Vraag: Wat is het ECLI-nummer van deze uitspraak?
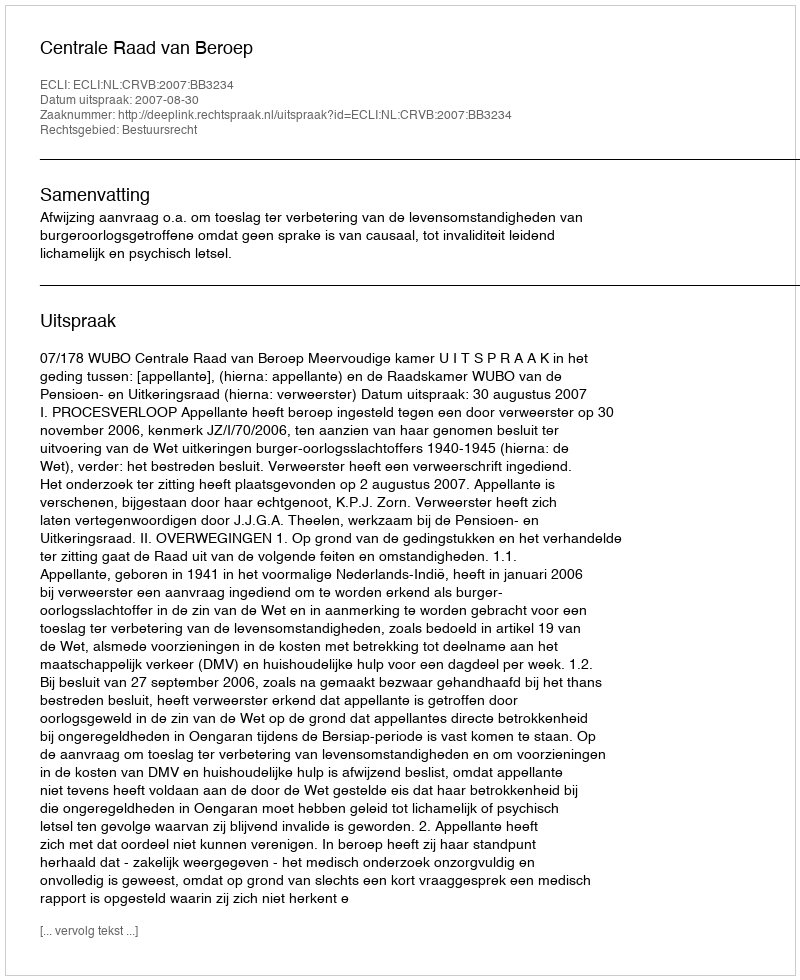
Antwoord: ECLI:NL:CRVB:2007:BB3234